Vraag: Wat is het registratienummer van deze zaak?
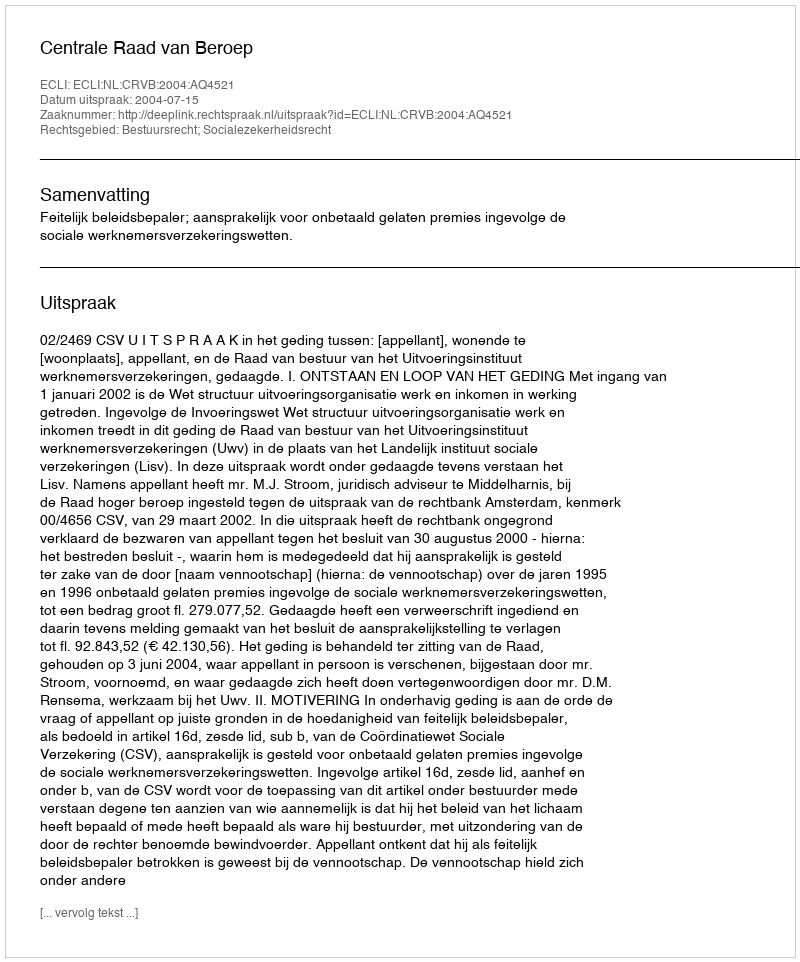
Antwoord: http://deeplink.rechtspraak.nl/uitspraak?id=ECLI:NL:CRVB:2004:AQ4521